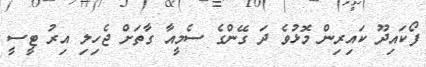
ފޯކައިދޫ ކައިރިން މޮޅުވެ ދަ ގޭންގެ ސެމީއާ ގާތަށް ޖެހިލި އިރު ޓީސީ